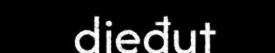
dieđut